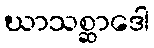
ဃာသစ္ဆာဒေါ